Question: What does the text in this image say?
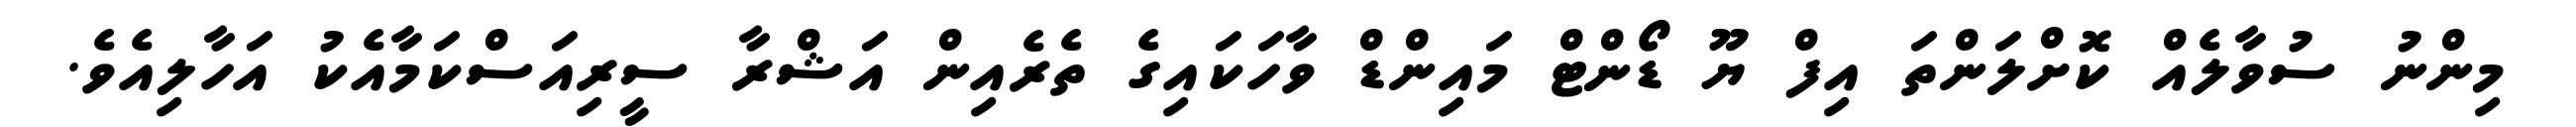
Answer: މިންނު ސުވާލެއް ކޮށްލަންތަ އިފް ޔޫ ޑޯންޓް މައިންޑް ވާހަކައިގެ ތެރެއިން އަޝްރާ ސީރިއަސްކަމާއެކު އަހާލިއެވެ.